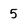
Character: 5